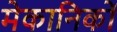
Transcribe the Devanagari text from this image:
मेकानिकों